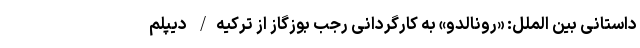
داستانی بین الملل: «رونالدو» به کارگردانی رجب بوزگاز از ترکیه/ دیپلم